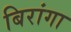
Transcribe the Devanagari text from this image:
बिरांगा